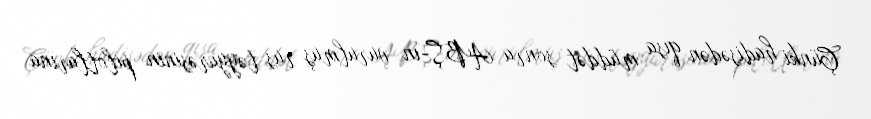
Çünki hadisədən qısa müddət sonra ABŞ-ın vurulmuş rus təyyarəsinin pilotlarına